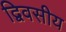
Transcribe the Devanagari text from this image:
द्विवसीय